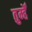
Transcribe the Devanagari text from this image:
तुम्हेँ